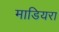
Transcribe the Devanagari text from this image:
माडियरा